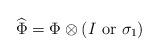
LaTeX: \begin{align*}\widehat\Phi = \Phi\otimes(I \mbox{ or } \sigma_1)\end{align*}